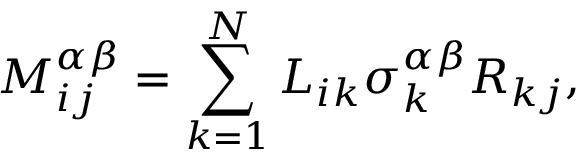
M _ { i j } ^ { \alpha \beta } = \sum _ { k = 1 } ^ { N } L _ { i k } \sigma _ { k } ^ { \alpha \beta } R _ { k j } ,